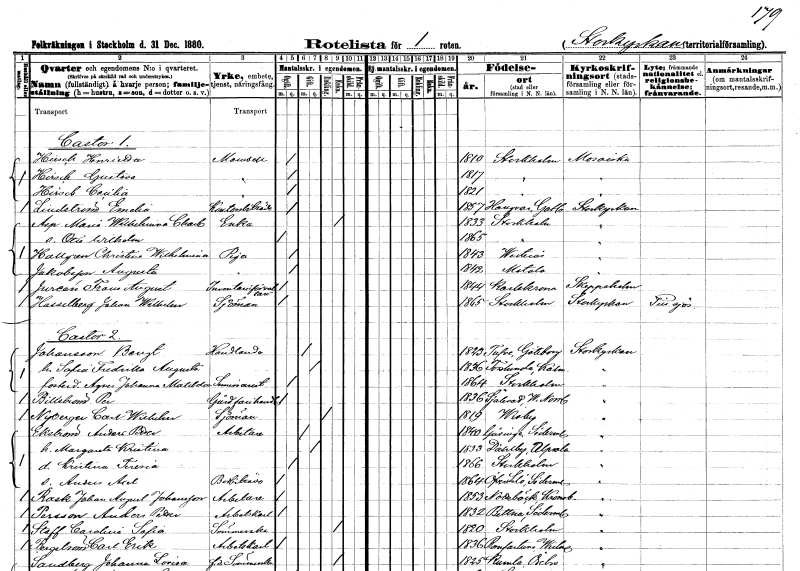
gt_parse: households: individuals: FN: Henrietta
EN: Hirsch
KON: K
CIV: O
FODAR: 1810
FODFORS: Stockholm
FN: Gustava
EN: Hirsch
KON: K
CIV: O
FODAR: 1817
FODFORS: Stockholm
FN: Cecilia
EN: Hirsch
KON: K
CIV: O
FODAR: 1821
FODFORS: Stockholm
FN: Emelia
EN: Lindström
YRKE: Kontorsbiträde
KON: K
CIV: O
FODAR: 1857
FODFORS: Hangvar Gotlands län
FN: Maria Wilhelmina Charlotta
EN: Asp
YRKE: Änka
KON: K
CIV: E
FODAR: 1833
FODFORS: Stockholm
FN: Otto Wilhelm
KON: M
CIV: O
FODAR: 1865
FODFORS: Stockholm
FN: Christina Wilhelmina
EN: Hallgren
YRKE: Piga
KON: K
CIV: O
FODAR: 1843
FODFORS: Västerås Västmanlands län
FN: Augusta
EN: Jakobsson
YRKE: Piga
KON: K
CIV: O
FODAR: 1842
FODFORS: Motala Östergötlands län
FN: Frans August
EN: Jureén
YRKE: Inventarieförvaltare
KON: M
CIV: O
FODAR: 1844
FODFORS: Karlskrona Blekinge län
FN: Johan Wilhelm
EN: Hasselberg
YRKE: Sjöman
KON: M
CIV: O
FODAR: 1865
FODFORS: Stockholm
FN: Bengt
EN: Johansson
YRKE: Handlande
KON: M
CIV: G
FODAR: 1823
FODFORS: Tuve Göteborgs- och Bohuslän
FN: Sofia Fredrika Augusta
KON: K
CIV: G
FODAR: 1836
FODFORS: Torslunda Kalmar län
FN: Agnes Johanna Matilda
YRKE: Seminarist
KON: K
CIV: O
FODAR: 1864
FODFORS: Stockholm
FN: Per
EN: Billström
YRKE: Gårdfarihandlare
KON: M
CIV: O
FODAR: 1836
FODFORS: Själevad Västernorrlands län
FN: Carl Wilhelm
EN: Nyberger
YRKE: Sjöman
KON: M
CIV: E
FODAR: 1819
FODFORS: Visby Gotlands län
FN: Anders Petter
EN: Ekström
YRKE: Arbetare
KON: M
CIV: G
FODAR: 1840
FODFORS: Gåsinge Södermanlands län
FN: Margareta Kristina
KON: K
CIV: G
FODAR: 1833
FODFORS: Dalby Uppsala län
FN: Kristina Teresia
KON: K
CIV: O
FODAR: 1866
FODFORS: Stockholm
FN: Anders Axel
YRKE: Bodbiträde
KON: M
CIV: O
FODAR: 1864
FODFORS: Överselö Södermanlands län
FN: Johan August
EN: Rask Johansson
YRKE: Arbetare
KON: M
CIV: O
FODAR: 1853
FODFORS: Nottebäck Kronobergs län
FN: Anders Petter
EN: Persson
YRKE: Arbetskarl
KON: M
CIV: O
FODAR: 1832
FODFORS: Bettna Södermanlands län